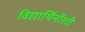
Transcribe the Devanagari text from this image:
विद्यार्थिनींशी